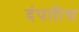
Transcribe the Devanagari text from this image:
दंपतीस